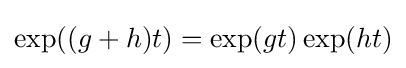
\exp((g+h)t)=\exp(gt)\exp(ht)